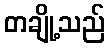
တချို့သည်